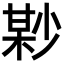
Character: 𡮘